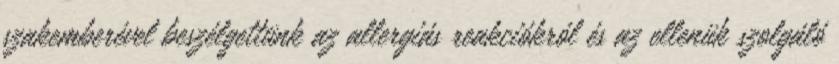
szakemberével beszélgettünk az allergiás reakciókról és az ellenük szolgáló